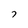
Character: 7